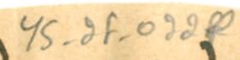
YS_2F_022f